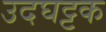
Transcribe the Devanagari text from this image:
उदघट्टक